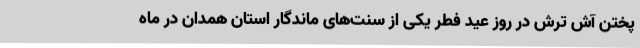
پختن آش ترش در روز عید فطر یکی از سنت‌های ماندگار استان همدان در ماه